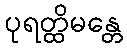
ပုရတ္ထိမန္တေ